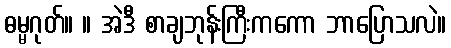
ဓမ္မဂုတ်။ ။ အဲဒီ စာချဘုန်းကြီးကကော ဘာပြောသလဲ။